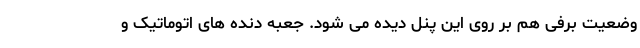
وضعیت برفی هم بر روی این پنل دیده می شود. جعبه دنده های اتوماتیک و